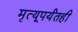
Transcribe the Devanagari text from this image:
मृत्यूपर्यंतही